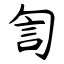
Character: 訇